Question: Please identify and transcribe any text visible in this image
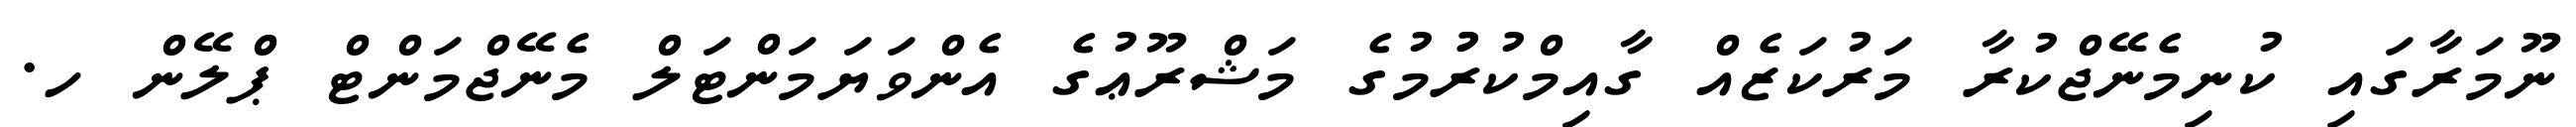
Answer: ނޫމަރާގައި ކުނިމެނޭޖްކުރާ މަރުކަޒެއް ގާއިމްކުރުުމުގެ މަޝްރޫޢުގެ އެންވަޔަމަންޓަލް މެނޭޖްމަންޓް ޕްލޭން ހ.